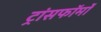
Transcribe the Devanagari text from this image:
ट्रांसफॉर्मों